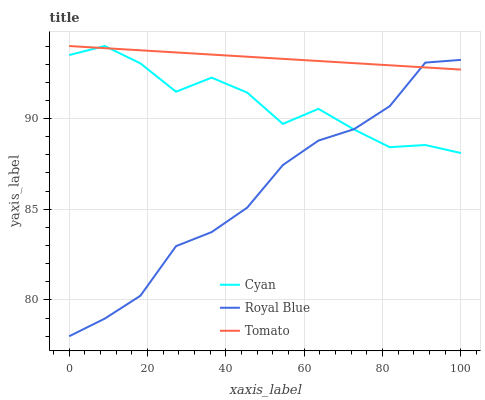
| xaxis_label | Cyan | Royal Blue | Tomato |
 | --- | --- | --- | --- |
 | 0 | 93.5 | 78 | 94 |
 | 9.09 | 94 | 79 | 93.9 |
 | 18.2 | 93 | 80.2 | 93.8 |
 | 27.3 | 91.5 | 83 | 93.6 |
 | 36.4 | 92.3 | 83.7 | 93.5 |
 | 45.5 | 91.4 | 85.1 | 93.4 |
 | 54.5 | 89.7 | 87.4 | 93.3 |
 | 63.6 | 90.5 | 88.8 | 93.2 |
 | 72.7 | 89.4 | 89.4 | 93.1 |
 | 81.8 | 88.4 | 90.7 | 92.9 |
 | 90.9 | 88.5 | 93.1 | 92.8 |
 | 100 | 88.1 | 93.2 | 92.7 |